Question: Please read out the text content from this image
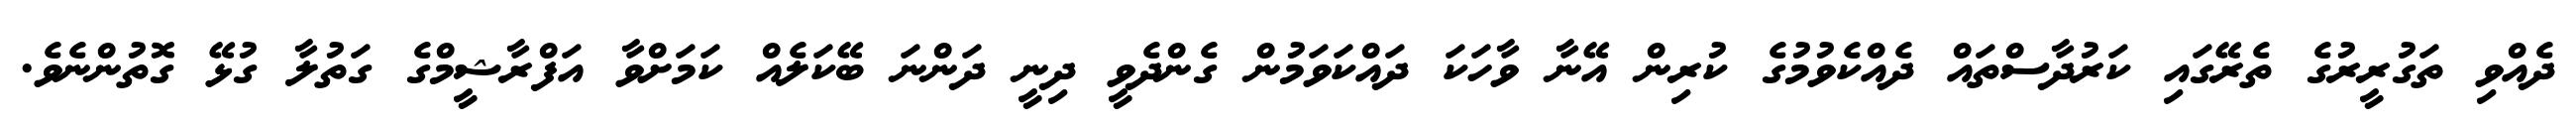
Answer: ދެއްވި ތަގުރީރުގެ ތެރޭގައި ކަރުދާސްތައް ދެއްކެވުމުގެ ކުރިން އޭނާ ވާހަކަ ދައްކަވަމުން ގެންދެވީ ދިނީ ދަންނަ ބޭކަލެއް ކަމަށްވާ އަފްރާޝީމްގެ ގަތުލާ ގުޅޭ ގޮތުންނެވެ.